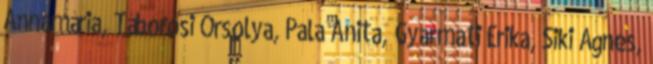
Annamária, Táborosi Orsolya, Pala Anita, Gyarmati Erika, Siki Ágnes,